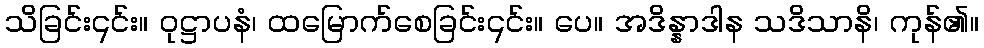
သိခြင်း၎င်း။ ဝုဋ္ဌာပနံ၊ ထမြောက်စေခြင်း၎င်း။ ပေ။ အဒိန္နာဒါန သဒိသာနိ၊ ကုန်၏။